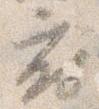
府